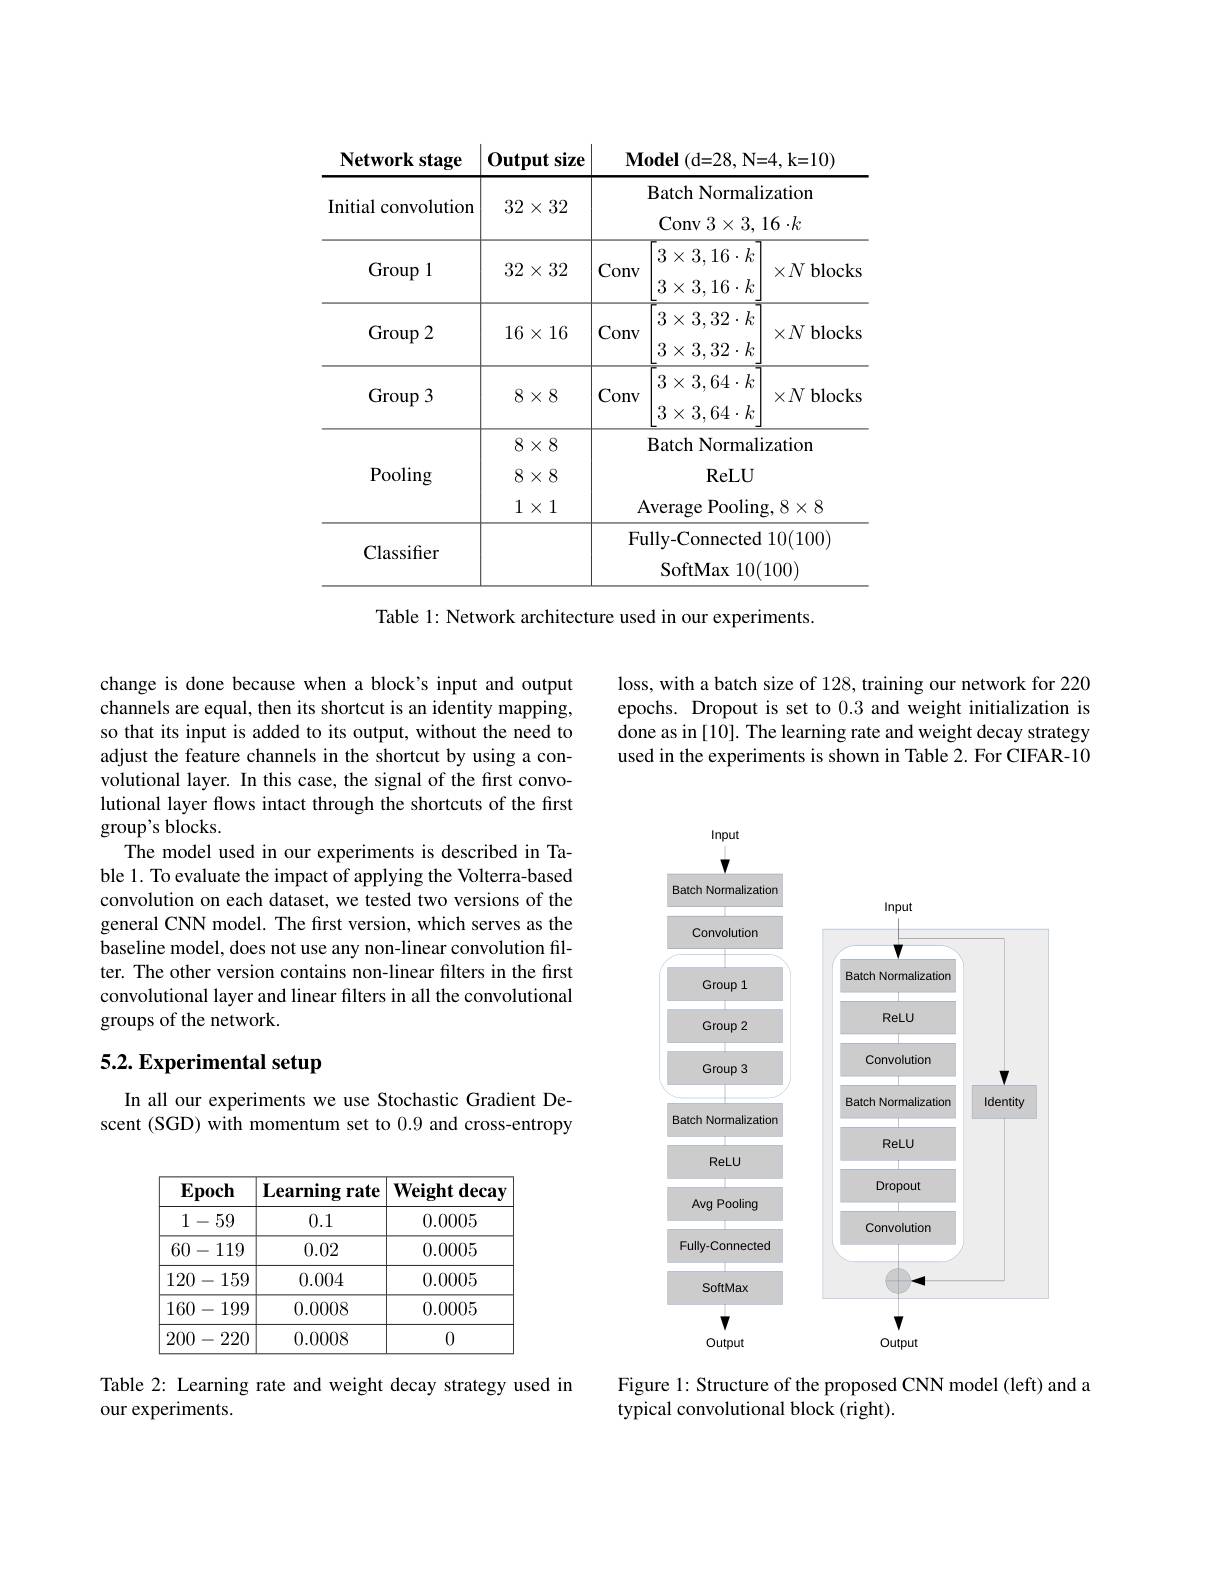
<table>
	<tbody>
		<tr>
			<th>Network stage</th>
			<th>Output size</th>
			<th>$\mathbf{Model}($d=28, N</th>
			<th>$28,\mathbf{N=4,k=10})$</th>
		</tr>
		<tr>
			<td>Initial convolution</td>
			<td>$32\times32$</td>
			<td>${\mathrm{Batch~Norma}}$ Conv 3$\times$3,</td>
			<td>ormalization ${:}\times3,16\cdot k$</td>
		</tr>
		<tr>
			<td>Group 1</td>
			<td>$32\times32$</td>
			<td>$3\times3,16\cdot k$ $nv$ $3\times3,16\cdot k$</td>
			<td>$16\cdot k$ $\times N$blocks $16\cdot k$</td>
		</tr>
		<tr>
			<td>$\operatorname{Group}2$</td>
			<td>$16\times16$</td>
			<td>$3\times3,32\cdot k$ $nv$ $3\times3,32\cdot k$</td>
			<td>$32\cdot k$ $\times N$blocks $32\cdot k$</td>
		</tr>
		<tr>
			<td>$\operatorname{Group}3$</td>
			<td>$8\times8$</td>
			<td>$3\times3,64\cdot k$ $nv$ $3\times3,64\cdot k$</td>
			<td>$64\cdot k$ $\times N$blocks $64\cdot k$</td>
		</tr>
		<tr>
			<td>Pooling</td>
			<td>$8\times8$ $8\times8$ $1\times1$</td>
			<td>Batch Norma ReLU ${\mathrm{Average}}$ Poolin</td>
			<td>ormalization ${\mathrm{ReLU}}$ ooling, $8\times 8$</td>
		</tr>
		<tr>
			<td>Classifier</td>
			<td> </td>
			<td>Fully- Connecte SoftMax :10 </td>
			<td>nected 10(100) 10(100) $aX$</td>
		</tr>
	</tbody>
</table>
Table 1: Network architecture used in our experiments.

change is done because when a block's input and output channels are equal, then its shortcut is an identity mapping, so that its input is added to its output, without the need to adjust the feature channels in the shortcut by using a convolutional layer. In this case, the signal of the first convolutional layer flows intact through the shortcuts of the first group's blocks.
The model used in our experiments is described in Table 1. To evaluate the impact of applying the Volterra-based convolution on each dataset, we tested two versions of the general CNN model. The first version, which serves as the baseline model, does not use any non-linear convolution filter. The other version contains non-linear filters in the first convolutional layer and linear filters in all the convolutional groups of the network.

# 5.2. Experimental setup

In all our experiments we use Stochastic Gradient Descent (SGD) with momentum set to 0.9 and cross-entropy

<table>
	<tbody>
		<tr>
			<th>Epoch</th>
			<th>$\textbf{Learning rate}$</th>
			<th>Weight decay</th>
		</tr>
		<tr>
			<td>1-59</td>
			<td>0.1</td>
			<td>0.0005</td>
		</tr>
		<tr>
			<td>60-119</td>
			<td>0.02</td>
			<td>0.0005</td>
		</tr>
		<tr>
			<td>120-159</td>
			<td>0.004</td>
			<td>0.0005</td>
		</tr>
		<tr>
			<td>160- 199</td>
			<td>0.0008</td>
			<td>0.0005</td>
		</tr>
		<tr>
			<td>200-2 220 1</td>
			<td>0.0008</td>
			<td>0</td>
		</tr>
	</tbody>
</table>

Table 2: Learning rate and weight decay strategy used in
our experiments.

loss, with a batch size of 128, training our network for 220 epochs. Dropout is set to 0.3 and weight initialization is done as in [10]. The learning rate and weight decay strategy used in the experiments is shown in Table 2. For CIFAR-10

<FigureHere>

Figure 1: Structure of the proposed CNN model (left) and a
typical convolutional block (right).